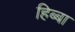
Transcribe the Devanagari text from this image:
हिब्बा